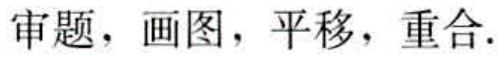
审题，画图，平移，重合.